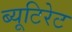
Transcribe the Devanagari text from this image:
ब्यूटिरेट